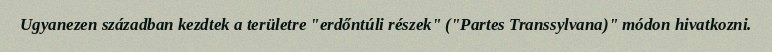
Ugyanezen században kezdtek a területre "erdőntúli részek" ("Partes Transsylvana)" módon hivatkozni.